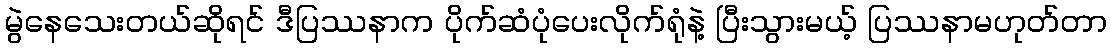
မွဲနေသေးတယ်ဆိုရင် ဒီပြဿနာက ပိုက်ဆံပုံပေးလိုက်ရုံနဲ့ ပြီးသွားမယ့် ပြဿနာမဟုတ်တာ